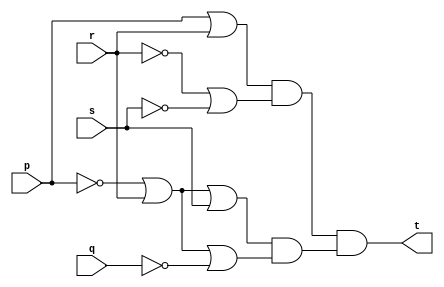
`timescale 1ns / 1ns
module source(t, p, q, r, s);

input wire p;
input wire q;
input wire r;
input wire s;
output wire t;

wire pr;

wire rn;
wire sn;
wire rnsn;

wire pn;
wire pnr;
wire pnrs;

wire qn;
wire pnqnr;

wire and1;
wire and2;

or (pr, p, r);

not (rn, r);
not (sn, s);
or (rnsn, rn, sn);

not (pn, p);
or (pnr, pn, r);
or (pnrs, pnr, s);

not (qn, q);
or (pnqnr, pnr, qn);

and (and1, pr, rnsn);
and (and2, pnrs, pnqnr);

and (t, and1, and2);

endmodule

/*
Truth Table
4 input - 1 output

pqrs t
0000 0
0001 0
0010 1
0011 0
0100 0
0101 0
0110 1
0111 0
1000 0
1001 1
1010 1
1011 0
1100 0
1101 0
1110 1
1111 0

The value of t is 0 in 11 entries.

t =	(p + q + r + s)(p + q + r + s')(p + q + r' + s')(p + q' + r + s)
	(p + q' + r + s')(p + q' + r' + s')(p' + q + r + s)(p' + q + r' + s')
	(p' + q' + r + s)(p' + q' + r + s')(p' + q' + r' + s')
	
Take the first (p + q + r + s) and second (p + q + r + s') summations.

(p + q + r + s)(p + q + r + s') = (p + q + r) + ss'				(distributivity)
(p + q + r) + ss' = (p + q + r) + 0								(complement)
(p + q + r) + 0 = (p + q + r)									(identity)

t =	(p + q + r)(p + q + r' + s')(p + q' + r + s)(p + q' + r + s')
	(p + q' + r' + s')(p' + q + r + s)(p' + q + r' + s')(p' + q' + r + s)
	(p' + q' + r + s')(p' + q' + r' + s')
	
Take the third (p + q' + r + s) and fourth (p + q' + r + s') summations.

(p + q' + r + s)(p + q' + r + s') = (p + q' + r) + ss'			(distributivity)
(p + q' + r) + ss' = (p + q' + r) + 0							(complement)
(p + q' + r) + 0 = (p + q' + r)									(identity)

t =	(p + q + r)(p + q + r' + s')(p + q' + r)(p + q' + r' + s')
	(p' + q + r + s)(p' + q + r' + s')(p' + q' + r + s)(p' + q' + r + s')
	(p' + q' + r' + s')
	
Take the first (p + q + r) and third (p + q' + r) summations.

(p + q + r)(p + q' + r) = (p + r) + qq'							(distributivity)
(p + r) + qq' = (p + r) + 0										(complement)
(p + r) + 0 = (p + r)											(identity)
	
t =	(p + r)(p + q + r' + s')(p + q' + r' + s')(p' + q + r + s)
	(p' + q + r' + s')(p' + q' + r + s)(p' + q' + r + s')(p' + q' + r' + s')
	
Take the second (p + q + r' + s') and third (p + q' + r' + s') summations.

(p + q + r' + s')(p + q' + r' + s') = (p + r' + s') + qq'		(distributivity)
(p + r' + s') + qq' = (p + r' + s') + 0							(complement)
(p + r' + s') + 0 = (p + r' + s')								(identity)

t =	(p + r)(p + r' + s')(p' + q + r + s)(p' + q + r' + s')
	(p' + q' + r + s)(p' + q' + r + s')(p' + q' + r' + s')

Take the fourth (p' + q + r' + s') and seventh (p' + q' + r' + s') summations.

(p' + q + r' + s')(p' + q' + r' + s') = (p' + r' + s') + qq'	(distributivity)
(p' + r' + s') + qq' = (p' + r' + s') + 0						(complement)
(p' + r' + s') + 0 = (p' + r' + s')								(identity)

t =	(p + r)(p + r' + s')(p' + q + r + s)(p' + r' + s')
	(p' + q' + r + s)(p' + q' + r + s')

Take the second (p + r' + s') and fourth (p' + r' + s') summations.

(p + r' + s')(p' + r' + s') = (r' + s') + pp'					(distributivity)
(r' + s') + pp' = (r' + s') + 0									(complement)
(r' + s') + 0 = (r' + s')										(identity)

t =	(p + r)(r' + s')(p' + q + r + s)(p' + q' + r + s)
	(p' + q' + r + s')

Take the third (p' + q + r + s) and fourth (p' + q' + r + s) summations.

(p' + q + r + s)(p' + q' + r + s) = (p' + r + s)+ pp'			(distributivity)
(p' + r + s) + pp' = (p' + r + s) + 0							(complement)
(p' + r + s) + 0 = (p' + r + s)									(identity)

t =	(p + r)(r' + s')(p' + r + s)(p' + q' + r + s')

Add (p' + q' + r + s) again to minimize (p' + q' + r + s').

t =	(p + r)(r' + s')(p' + r + s)(p' + q' + r + s)				(idempotent)
	(p' + q' + r + s')
	
Take the fourth (p' + q' + r + s) and fifth (p' + q' + r + s') summations.

(p' + q' + r + s)(p' + q' + r + s') = (p' + q' + r) + ss'		(distributivity)
(p' + q' + r) + ss' = (p' + q' + r) + 0							(complement)
(p' + q' + r) + 0 = (p' + q' + r)								(identity)

t =	(p + r)(r' + s')(p' + r + s)(p' + q' + r)

(p' + r) + q's    // This is not a PoS equation, but I put it to show you SoP or PoS may not realize the fewest number of gates for a truth table.

*/